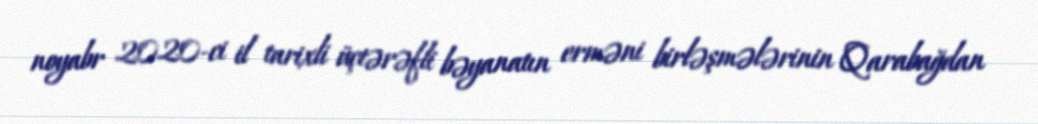
noyabr 2020-ci il tarixli üçtərəfli bəyanatın erməni birləşmələrinin Qarabağdan